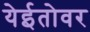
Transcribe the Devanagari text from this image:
येईतोवर